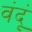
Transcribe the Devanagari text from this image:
वंदूं